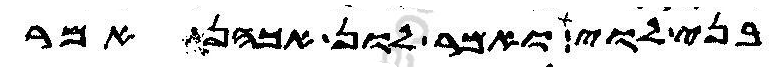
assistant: בני לוי ואמר לון אכהן אמר